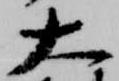
大